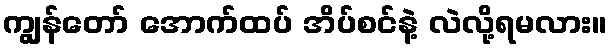
ကျွန်တော် အောက်ထပ် အိပ်စင်နဲ့ လဲလို့ရမလား။